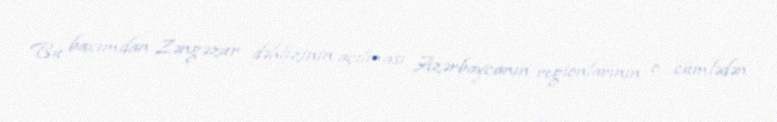
Bu baxımdan Zəngəzur dəhlizinin açılması Azərbaycanın regionlarının, o cümlədən